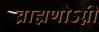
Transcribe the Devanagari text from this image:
ब्राह्मणोऽग्नी